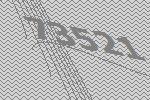
73521